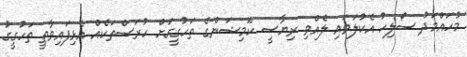
މުހައްމަދު ސޯލިހު އެކުލަވައި ލެއްވި ރިޔާސީ ކޮމިޝަންގެ ތަހުގީގަށް ހުރަސްތަކެއް އެޅިފައިވާތީ ތަހުގީގު